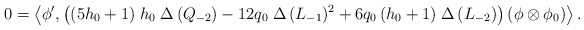
\begin{align*}0=\left\langle \phi',\left( (5 h_{0}+1)\;h_{0}\;\Delta\,(Q_{-2})- 12 q_{0}\; \Delta\,(L_{-1})^{2}+ 6 q_{0}\,(h_{0} +1)\; \Delta\,(L_{-2})\right)\left(\phi\otimes \phi_{0}\right) \right\rangle.\end{align*}